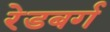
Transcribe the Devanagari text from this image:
रेडबर्ग